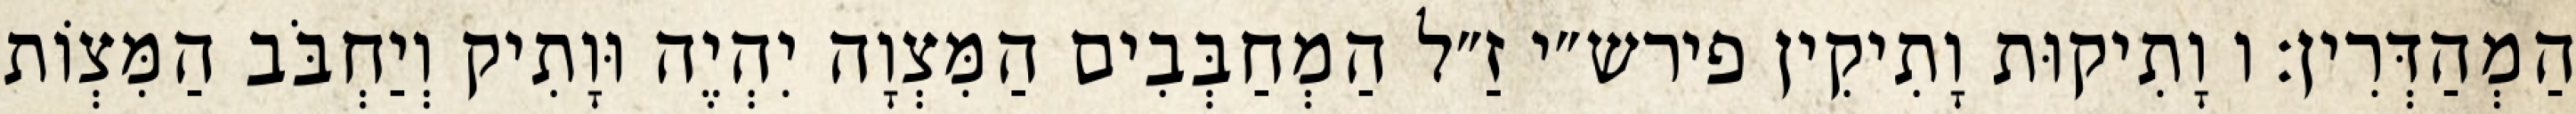
הַמְהַדְּרִין: ו וָתִיקוּת וָתִיקִין פירש״י זַ״ל הַמְחַבְּבִים הַמִּצְוָה יִהְיֶה וּוָתִיק וְיַחְבֹּב הַמִּצְוֹת